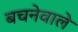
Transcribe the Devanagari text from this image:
बचनेवाले